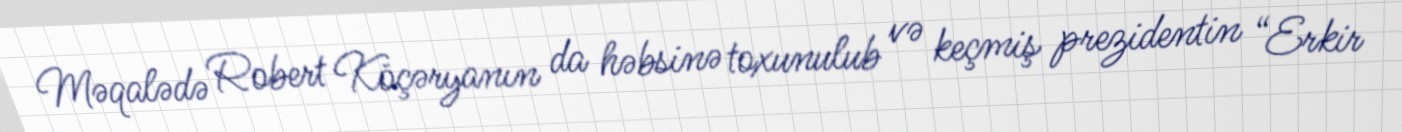
Məqalədə Robert Köçəryanın da həbsinə toxunulub və keçmiş prezidentin “Erkir